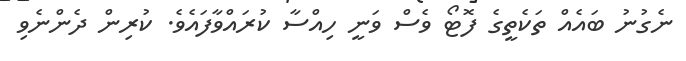
ނެގުނު ބައެއް ތަކެތީގެ ފޮޓޯ ވެސް ވަނީ ހިއްސާ ކުރައްވާފައެވެ. ކުރިން ދެންނެވި